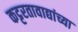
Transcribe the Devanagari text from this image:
कट्टरतावाद्यांच्या